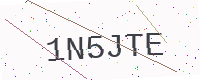
Text: 1N5JTE